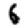
Digit: 6